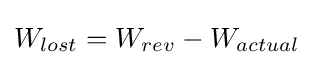
W_{lost}=W_{rev}-W_{actual}